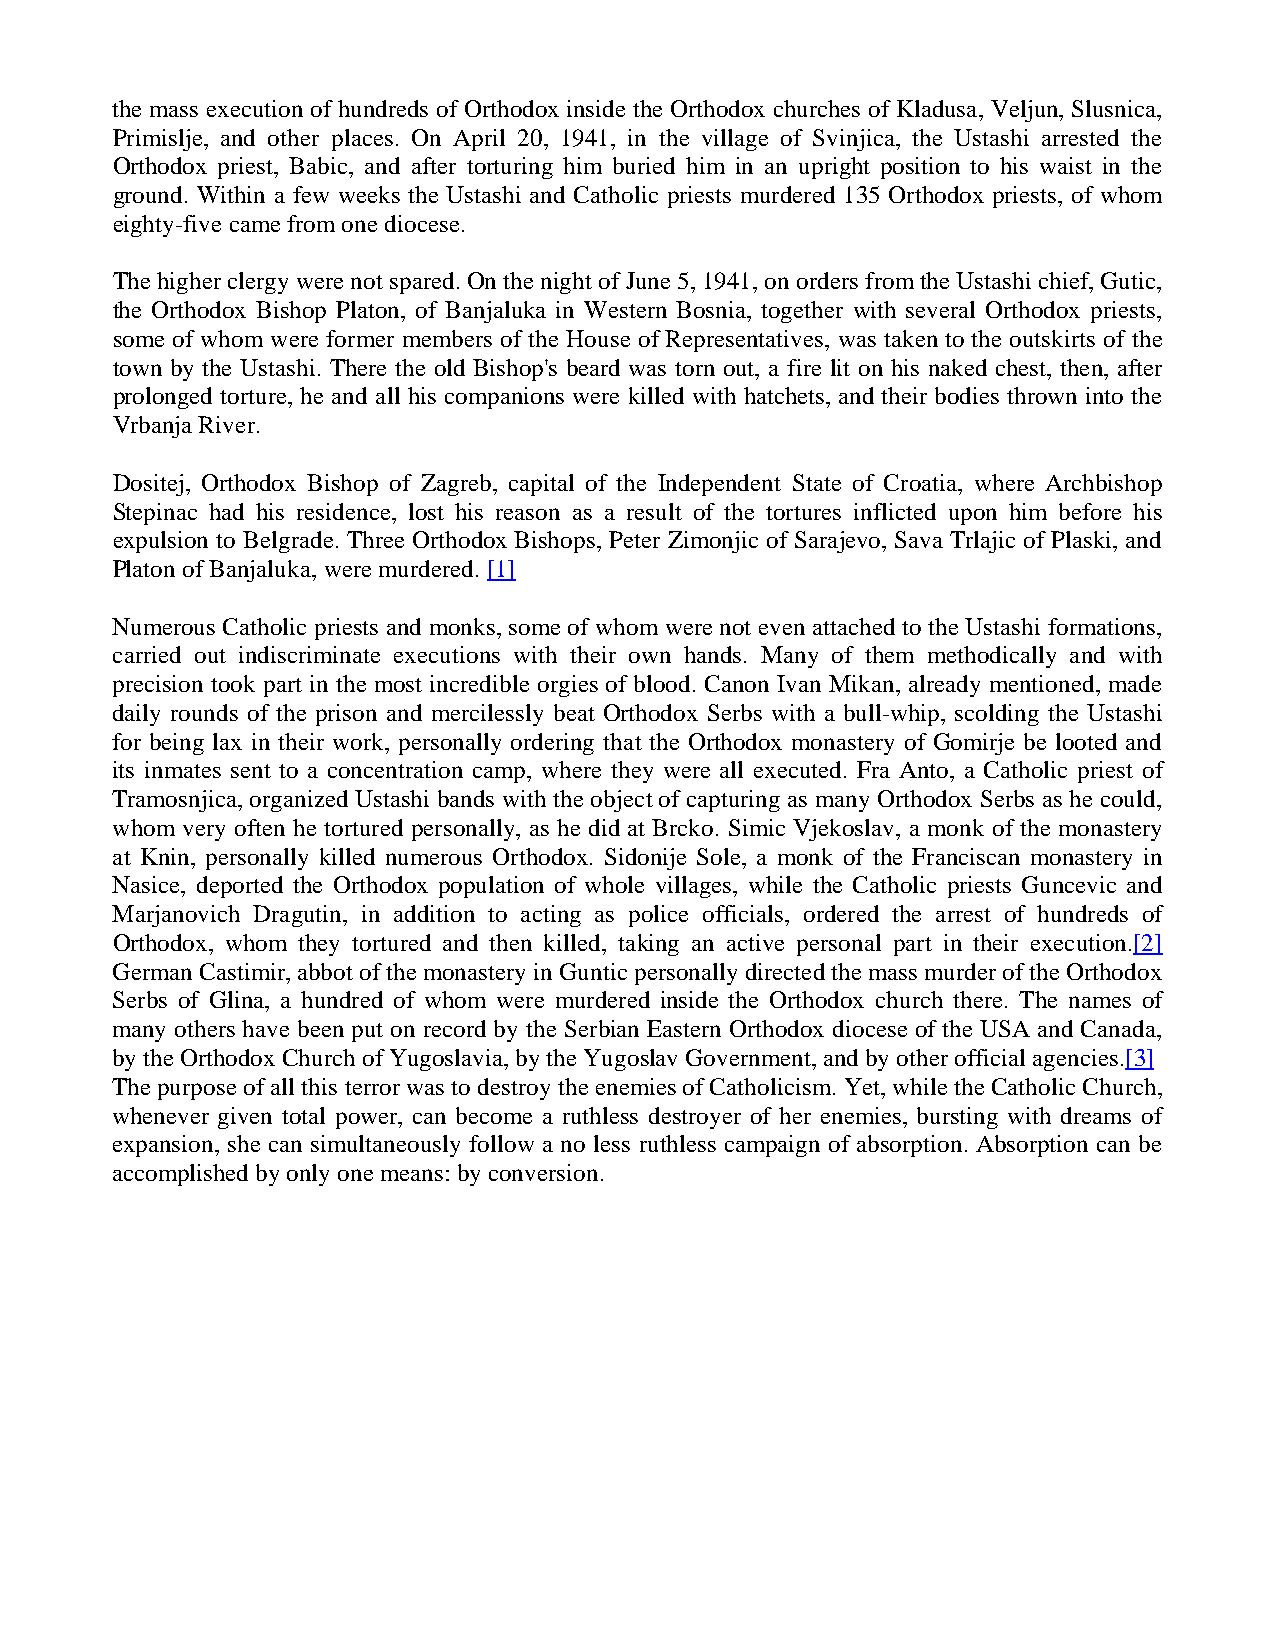
the mass execution of hundreds of Orthodox inside the Orthodox churches of Kladusa, Veljun, Slusnica,
 Primislje, and other places. On April 20, 1941, in the village of Svinjica, the Ustashi arrested the
 Orthodox priest, Babic, and after torturing him buried him in an upright position to his waist in the
 ground. Within a few weeks the Ustashi and Catholic priests murdered 135 Orthodox priests, of whom
 eighty-five came from one diocese.
 The higher clergy were not spared. On the night of June 5, 1941, on orders from the Ustashi chief, Gutic,
 the Orthodox Bishop Platon, of Banjaluka in Western Bosnia, together with several Orthodox priests,
 some of whom were former members of the House of Representatives, was taken to the outskirts of the
 town by the Ustashi. There the old Bishop's beard was torn out, a fire lit on his naked chest, then, after
 prolonged torture, he and all his companions were killed with hatchets, and their bodies thrown into the
 Vrbanja River.
 Dositej, Orthodox Bishop of Zagreb, capital of the Independent State of Croatia, where Archbishop
 Stepinac had his residence, lost his reason as a result of the tortures inflicted upon him before his
 expulsion to Belgrade. Three Orthodox Bishops, Peter Zimonjic of Sarajevo, Sava Trlajic of Plaski, and
 Platon of Banjaluka, were murdered. [1]
 Numerous Catholic priests and monks, some of whom were not even attached to the Ustashi formations,
 carried out indiscriminate executions with their own hands. Many of them methodically and with
 precision took part in the most incredible orgies of blood. Canon Ivan Mikan, already mentioned, made
 daily rounds of the prison and mercilessly beat Orthodox Serbs with a bull-whip, scolding the Ustashi
 for being lax in their work, personally ordering that the Orthodox monastery of Gomirje be looted and
 its inmates sent to a concentration camp, where they were all executed. Fra Anto, a Catholic priest of
 Tramosnjica, organized Ustashi bands with the object of capturing as many Orthodox Serbs as he could,
 whom very often he tortured personally, as he did at Brcko. Simic Vjekoslav, a monk of the monastery
 at Knin, personally killed numerous Orthodox. Sidonije Sole, a monk of the Franciscan monastery in
 Nasice, deported the Orthodox population of whole villages, while the Catholic priests Guncevic and
 Marjanovich Dragutin, in addition to acting as police officials, ordered the arrest of hundreds of
 Orthodox, whom they tortured and then killed, taking an active personal part in their execution.[2]
 German Castimir, abbot of the monastery in Guntic personally directed the mass murder of the Orthodox
 Serbs of Glina, a hundred of whom were murdered inside the Orthodox church there. The names of
 many others have been put on record by the Serbian Eastern Orthodox diocese of the USA and Canada,
 by the Orthodox Church of Yugoslavia, by the Yugoslav Government, and by other official agencies.[3]
 The purpose of all this terror was to destroy the enemies of Catholicism. Yet, while the Catholic Church,
 whenever given total power, can become a ruthless destroyer of her enemies, bursting with dreams of
 expansion, she can simultaneously follow a no less ruthless campaign of absorption. Absorption can be
 accomplished by only one means: by conversion.